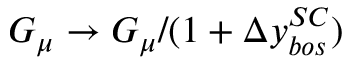
G _ { \mu } \to G _ { \mu } / ( 1 + \Delta y _ { b o s } ^ { S C } )